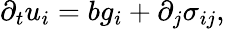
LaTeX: \partial_{t}u_{i}=bg_{i}+\partial_{j}\sigma_{ij},